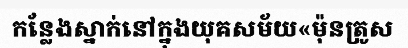
កន្លែងស្នាក់នៅក្នុងយុគសម័យ«ម៉ុនត្រូស